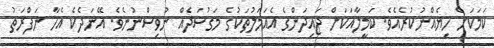
ކަމަކަށް ހިޔެއްނުކުރެއެވެ. ކަމީލާއަކަށް ޖައިދަންގެ އެއަމަލުތަކުގެ މަގުސަދެއް ނުވިސްނުނެވެ. އޭނަދެކެ އެހާ ނަފްރަތު